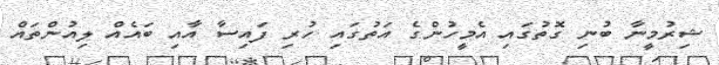
ޝިރުމީނާ ބުނި ގޮތުގައި އެމީހުންގެ އަތުގައި ހުރި ފައިސާ އާއި ބައެއް ލިއުންތައް